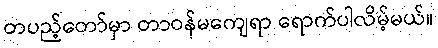
တပည့်တော်မှာ တာဝန်မကျေရာ ရောက်ပါလိမ့်မယ်။